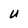
Character: U